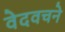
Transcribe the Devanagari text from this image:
वेदवचने